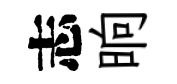
志晌